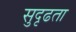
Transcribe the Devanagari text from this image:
सुदृढता